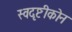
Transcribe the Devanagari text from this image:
स्वदृष्टीकोन